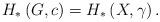
LaTeX: \begin{align*} H_*\left(G,c\right)=H_*\left(X,\gamma\right). \end{align*}